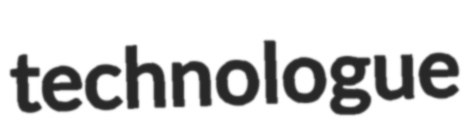
technologue